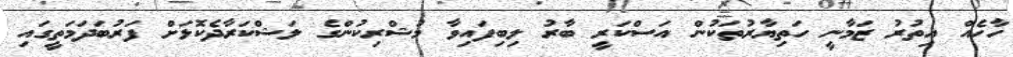
ހާހެއް އިތުރު ޒަމާނީ ހަތިޔާރުތަކުން އަސްކަރީ ބާރު ލިބިފައިވާ މުޝްރިކުންގެ ލަޝްކަރާދެކޮޅަށް ފަރުބަދަމަތީގައި